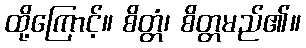
ထို့ကြောင့်။ စိတ္တံ၊ စိတ္တမည်၏။